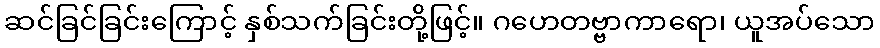
ဆင်ခြင်ခြင်းကြောင့် နှစ်သက်ခြင်းတို့ဖြင့်။ ဂဟေတဗ္ဗာကာရော၊ ယူအပ်သော